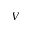
V